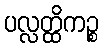
ပလ္လတ္ထိကဉ္စ